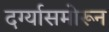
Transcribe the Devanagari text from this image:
दर्ग्यासमोरून